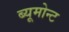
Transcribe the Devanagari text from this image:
ब्यूमोन्ट